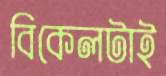
বিকেলটাই